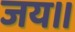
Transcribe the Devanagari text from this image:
जय॥